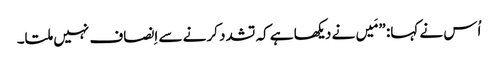
‏ اُس نے کہا:‏ ”‏مَیں نے دیکھا ہے کہ تشدد کرنے سے اِنصاف نہیں ملتا۔